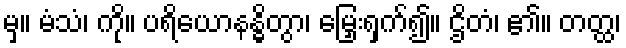
မှ။ မံသံ၊ ကို။ ပရိယောနန္ဓိတွာ၊ မြှေးရှက်၍။ ဌိတံ၊ ၏။ တတ္ထ၊